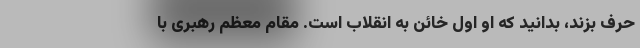
حرف بزند، بدانید که او اول خائن به انقلاب است. مقام‌ معظم رهبری با